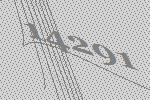
14291